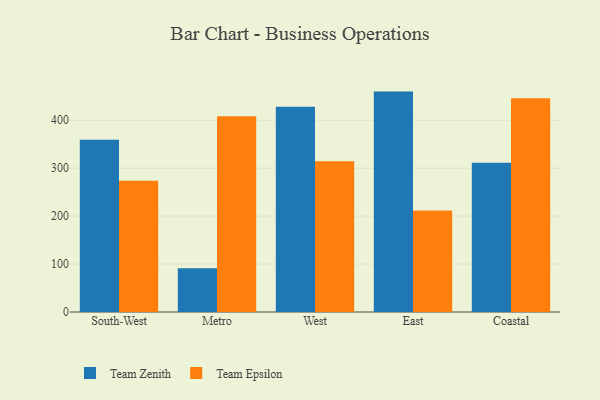
{"axis": {"x": "Region", "y": "Shipments"}, "legend": ["Team Epsilon", "Team Zenith"], "data": [{"x": "South-West", "y": 359.0, "type": "Team Zenith"}, {"x": "South-West", "y": 273.6, "type": "Team Epsilon"}, {"x": "Metro", "y": 91.1, "type": "Team Zenith"}, {"x": "Metro", "y": 408.4, "type": "Team Epsilon"}, {"x": "West", "y": 427.8, "type": "Team Zenith"}, {"x": "West", "y": 314.6, "type": "Team Epsilon"}, {"x": "East", "y": 459.6, "type": "Team Zenith"}, {"x": "East", "y": 211.8, "type": "Team Epsilon"}, {"x": "Coastal", "y": 311.4, "type": "Team Zenith"}, {"x": "Coastal", "y": 445.9, "type": "Team Epsilon"}]}